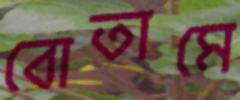
বোতামে